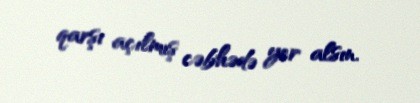
qarşı açılmış cəbhədə yer alsın.